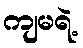
ကျမရဲ့